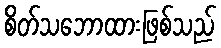
စိတ်သဘောထားဖြစ်သည်